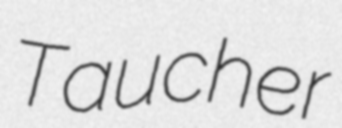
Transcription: Taucher